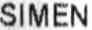
SIMEN